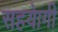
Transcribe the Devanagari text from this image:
सहयाेगी